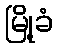
မြို့ခံ